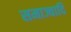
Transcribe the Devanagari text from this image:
समाज्वादि